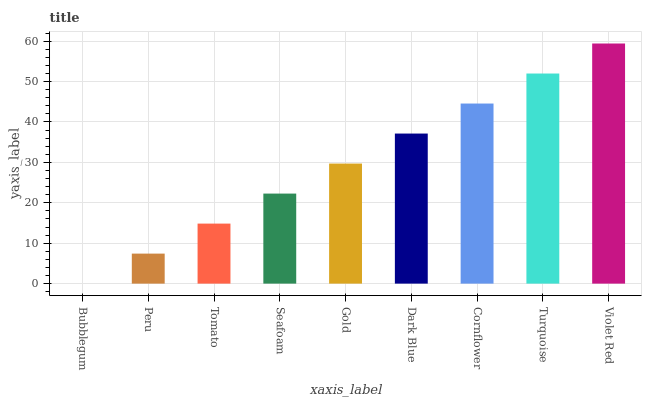
| xaxis_label | bars |
 | --- | --- |
 | Bubblegum | 0 |
 | Peru | 7.43 |
 | Tomato | 14.9 |
 | Seafoam | 22.3 |
 | Gold | 29.7 |
 | Dark Blue | 37.1 |
 | Cornflower | 44.6 |
 | Turquoise | 52 |
 | Violet Red | 59.4 |